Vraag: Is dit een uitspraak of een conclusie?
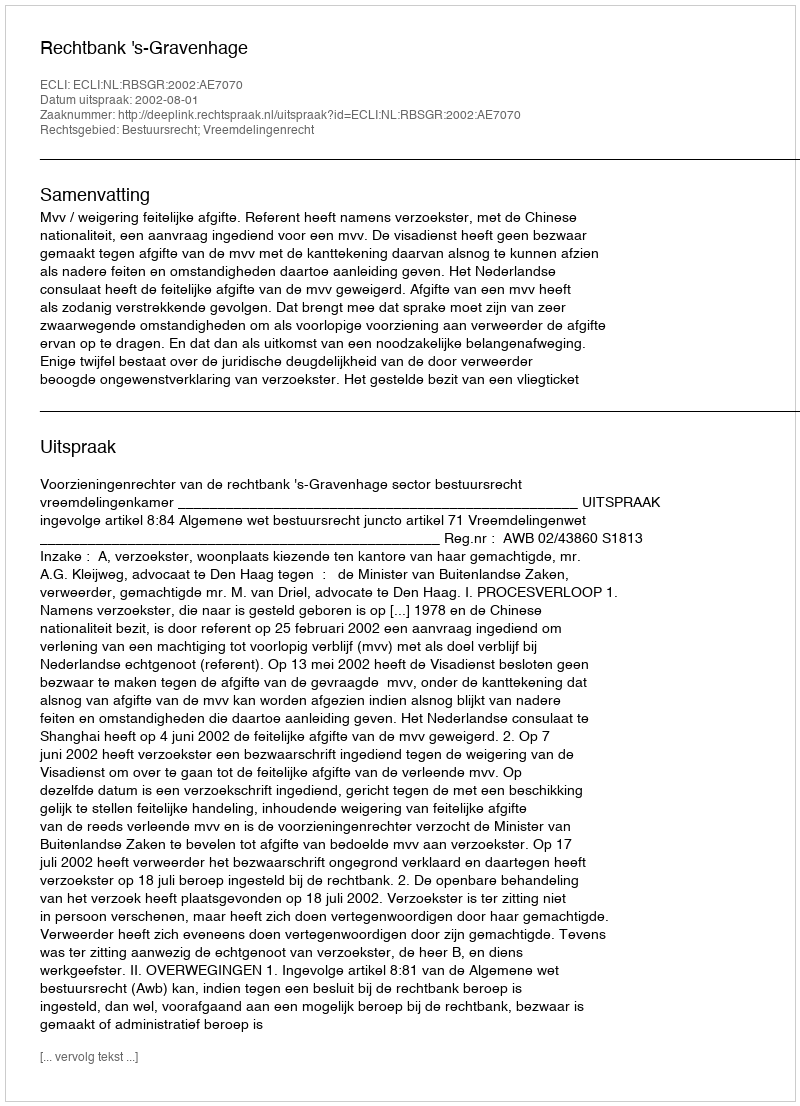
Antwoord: Uitspraak